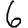
Digit: 6